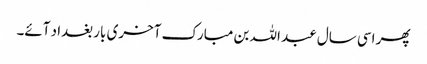
پھر اسی سال عبد اللہ بن مبارک آخری بار بغداد آئے۔